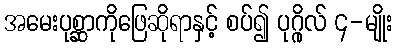
အမေးပုစ္ဆာကိုဖြေဆိုရာနှင့် စပ်၍ ပုဂ္ဂိုလ် ၄-မျိုး